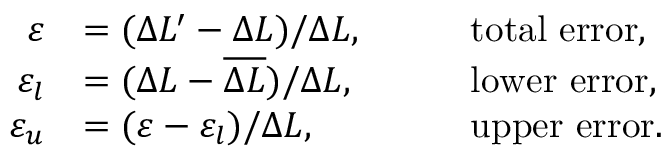
\begin{array} { r l r l } { \varepsilon } & { = ( \Delta L ^ { \prime } - \Delta L ) / \Delta L , } & & { \quad \mathrm { t o t a l ~ e r r o r } , } \\ { \varepsilon _ { l } } & { = ( \Delta L - \overline { { \Delta L } } ) / \Delta L , } & & { \quad \mathrm { l o w e r ~ e r r o r } , } \\ { \varepsilon _ { u } } & { = ( \varepsilon - \varepsilon _ { l } ) / \Delta L , } & & { \quad \mathrm { u p p e r ~ e r r o r } . } \end{array}